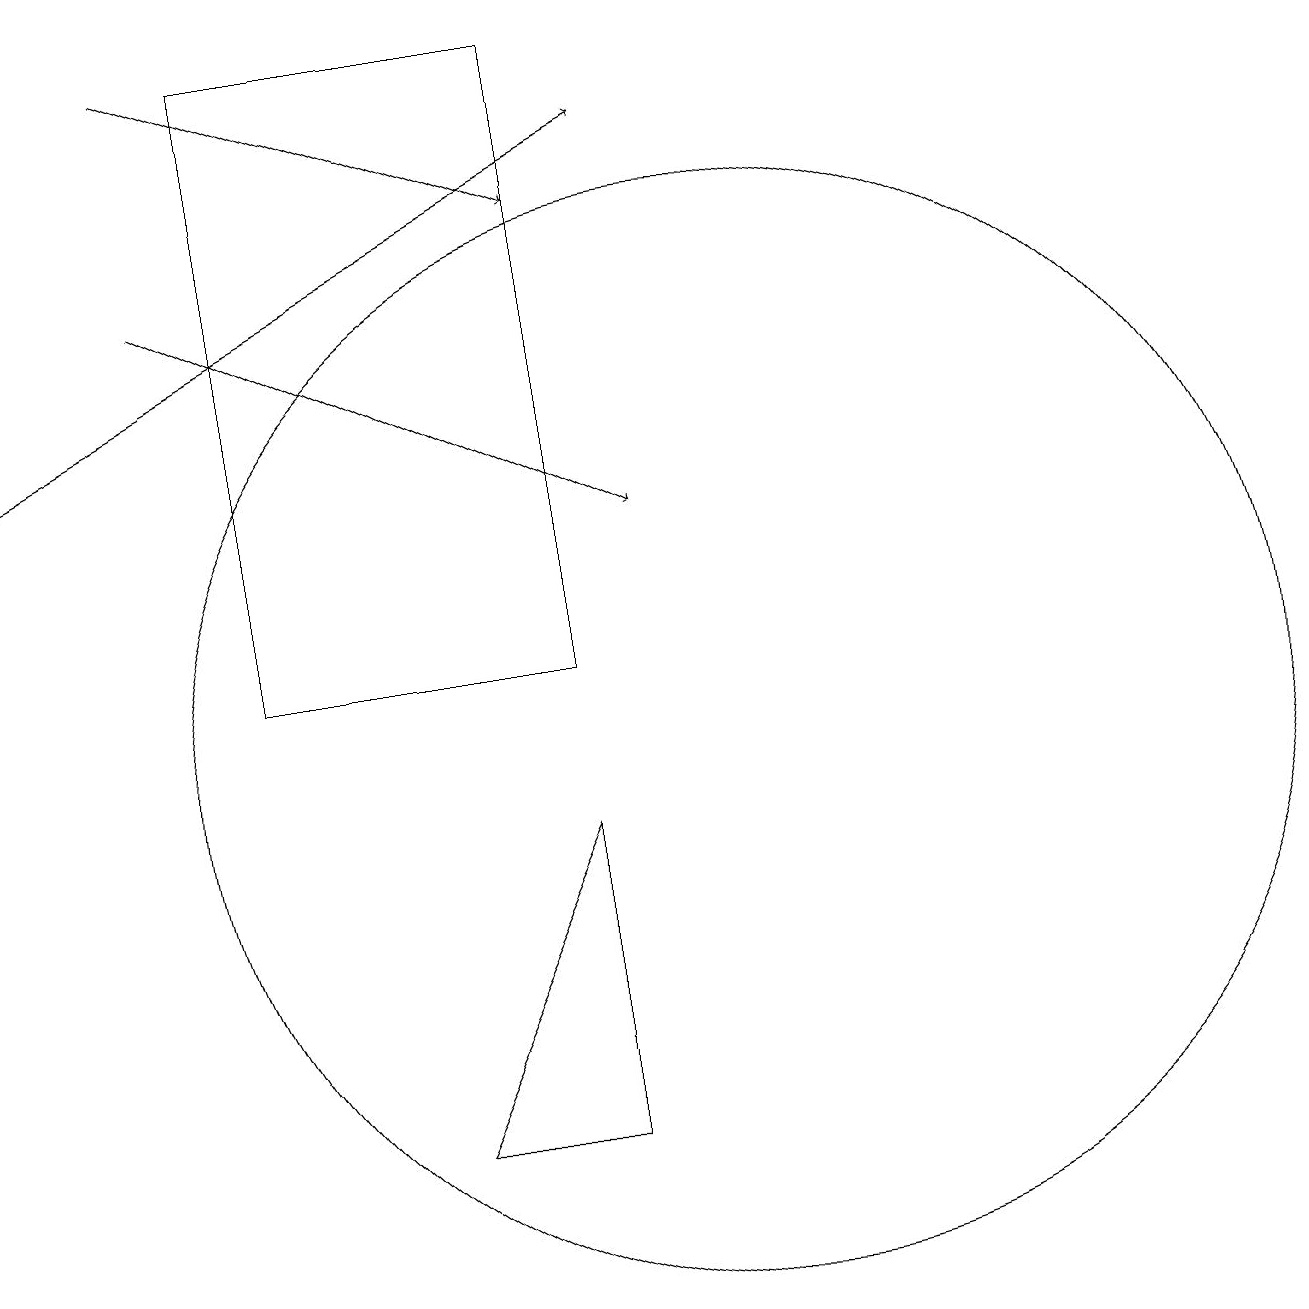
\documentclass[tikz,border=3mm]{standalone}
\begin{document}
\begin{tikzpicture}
\draw (10,11) circle (0);
\draw (8,5) -- (8,9) -- (6,5) -- cycle;
\draw[->] (3,19) -- (8,17);
\draw[->] (1,14) -- (9,18);
\draw (8,11) rectangle (4,19);
\draw (10,10) circle (7);
\draw[->] (3,16) -- (9,13);
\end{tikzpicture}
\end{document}